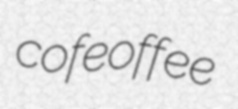
cofeoffee